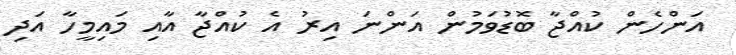
އަންހެން ކުއްޖާ ބޮޑުވަމުން އަންނަ އިރު އެ ކުއްޖާ އާއި މައިމީހާ އަދި